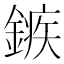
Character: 𨪏